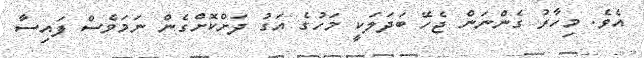
އެވެ. މިހާރު ގެންނަން ޖެހޭ ބަދަލަކީ މަހުގެ އަގު ދަށްކޮށްގެން ނަމަވެސް ފައިސާ